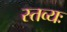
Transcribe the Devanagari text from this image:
स्तव्यः